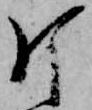
片